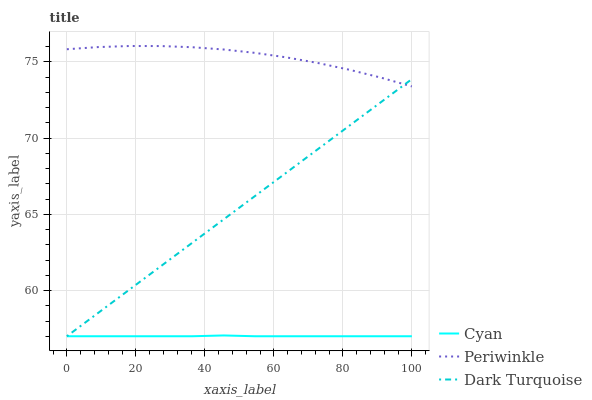
| xaxis_label | Cyan | Periwinkle | Dark Turquoise |
 | --- | --- | --- | --- |
 | 0 | 57 | 75.8 | 57 |
 | 9.09 | 57 | 76 | 58.5 |
 | 18.2 | 57 | 76 | 60.1 |
 | 27.3 | 57 | 76 | 61.6 |
 | 36.4 | 57 | 76 | 63.1 |
 | 45.5 | 57.1 | 75.8 | 64.7 |
 | 54.5 | 57 | 75.6 | 66.2 |
 | 63.6 | 57 | 75.3 | 67.7 |
 | 72.7 | 57 | 74.9 | 69.3 |
 | 81.8 | 57 | 74.5 | 70.8 |
 | 90.9 | 57 | 74 | 72.3 |
 | 100 | 57 | 73.4 | 73.9 |